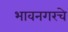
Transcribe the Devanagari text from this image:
भावनगरचे